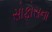
સોફોસના